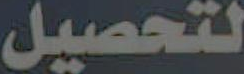
لتحصيل